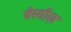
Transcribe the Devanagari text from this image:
वेरगीज़